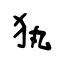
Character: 犱